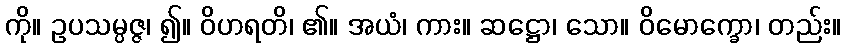
ကို။ ဥပသမ္ပဇ္ဇ၊ ၍။ ဝိဟရတိ၊ ၏။ အယံ၊ ကား။ ဆဋ္ဌော၊ သော။ ဝိမောက္ခော၊ တည်း။